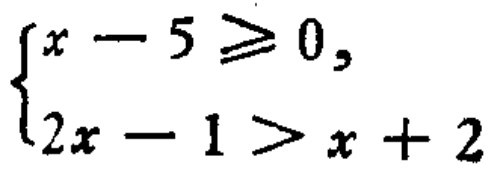
$\begin{cases}
x - 5 \geqslant 0, \\
2x - 1 > x + 2
\end{cases}$